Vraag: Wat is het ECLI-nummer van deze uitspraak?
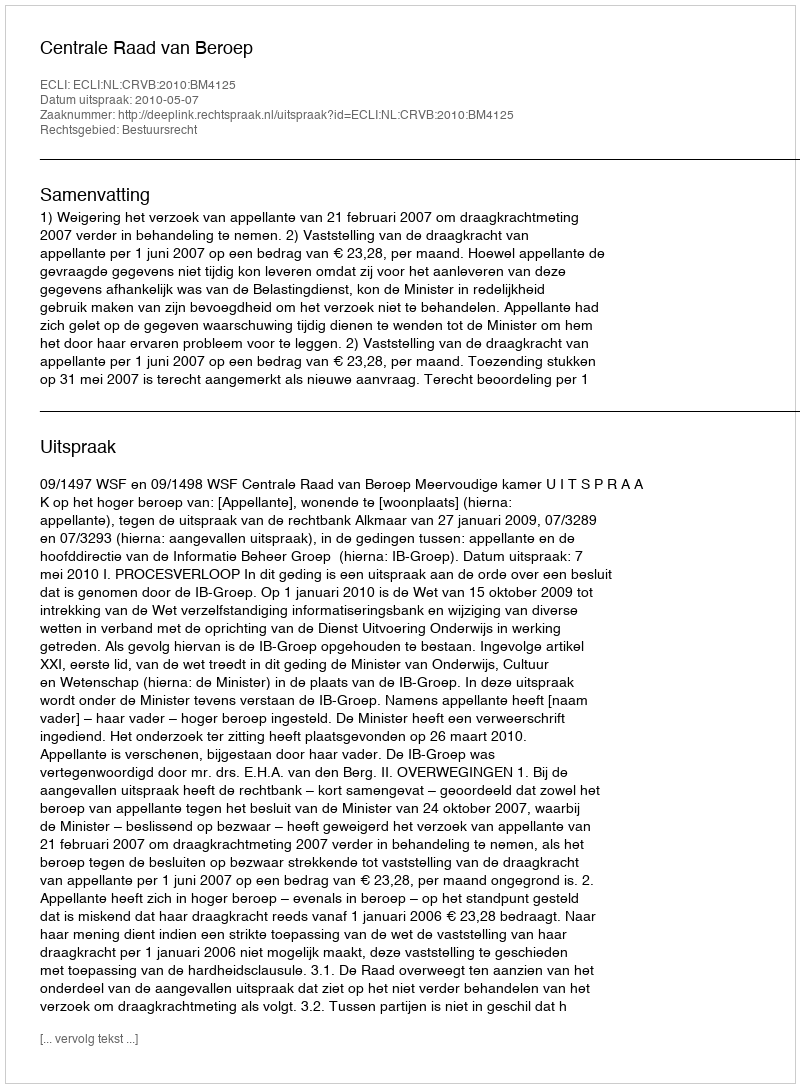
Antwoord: ECLI:NL:CRVB:2010:BM4125